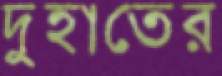
দুহাতের